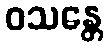
ဝသန္တေ